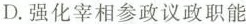
D.强化宰相参政议政职能